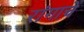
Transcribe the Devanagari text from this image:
रांगाचे